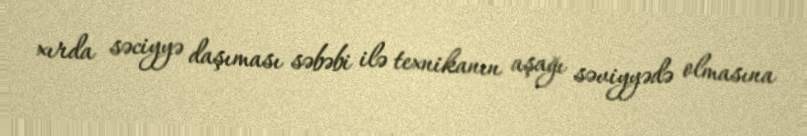
xırda səciyyə daşıması səbəbi ilə texnikanın aşağı səviyyədə olmasına